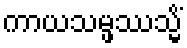
ကာယသမ္ဖဿသ္မိံ